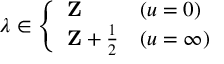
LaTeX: \lambda \in \left\{ \begin{array} { l l } { { { \bf Z } } } & { { ( u = 0 ) } } \\ { { { \bf Z } + \frac 1 2 } } & { { ( u = \infty ) } } \end{array} \right.